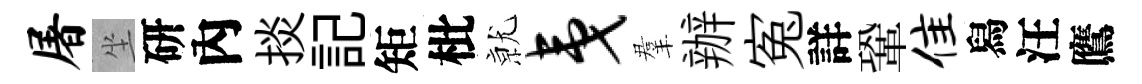
屠坐研內掞記矩枇𭕒夷羣辦寃詳鞏隹舄汪鷹